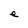
Character: e